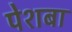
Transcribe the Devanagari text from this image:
पेशबा